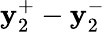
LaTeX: \mathbf{y}_{2}^{+}-\mathbf{y}_{2}^{-}